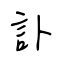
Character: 訃